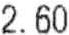
2.60